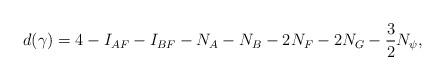
LaTeX: \begin{align*}d(\gamma)= 4 - I_{AF} -I_{BF}-N_A-N_B-2 N_F-2N_G - \frac32 N_\psi,\end{align*}